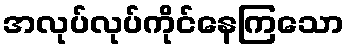
အလုပ်လုပ်ကိုင်နေကြသော